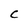
Character: C